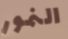
النمور